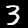
Digit: 3